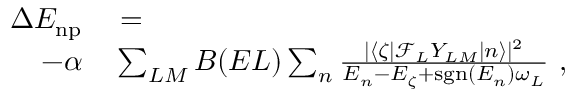
\begin{array} { r l } { \Delta E _ { \mathrm { n p } } } & { { } = } \\ { - \alpha } & { { } \sum _ { L M } B ( E L ) \sum _ { n } \frac { | \left< \zeta | \mathcal { F } _ { L } Y _ { L M } | n \right> | ^ { 2 } } { E _ { n } - E _ { \zeta } + \mathrm { s g n } ( E _ { n } ) \omega _ { L } } \ , } \end{array}